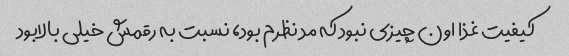
کیفیت غذا اون چیزی نبود که مد نظرم بود، نسبت به رقمش خیلی بالابود